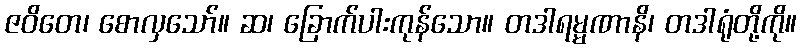
ဇဝိတေ၊ စောလှသော်။ ဆ၊ ခြောက်ပါးကုန်သော။ တဒါရမ္မဏာနိ၊ တဒါရုံတို့ကို။